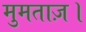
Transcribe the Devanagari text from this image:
मुमताज़।